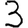
Digit: 3